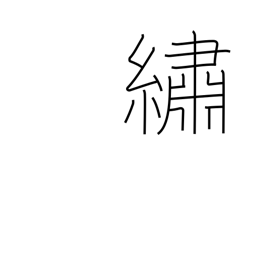
Meaning: embroider